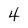
Character: 4